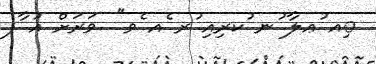
ިއ ުޢލާ ުނ ުކރިއި ުރ ެއ ެވ" .ވަރަށް އު ާފ